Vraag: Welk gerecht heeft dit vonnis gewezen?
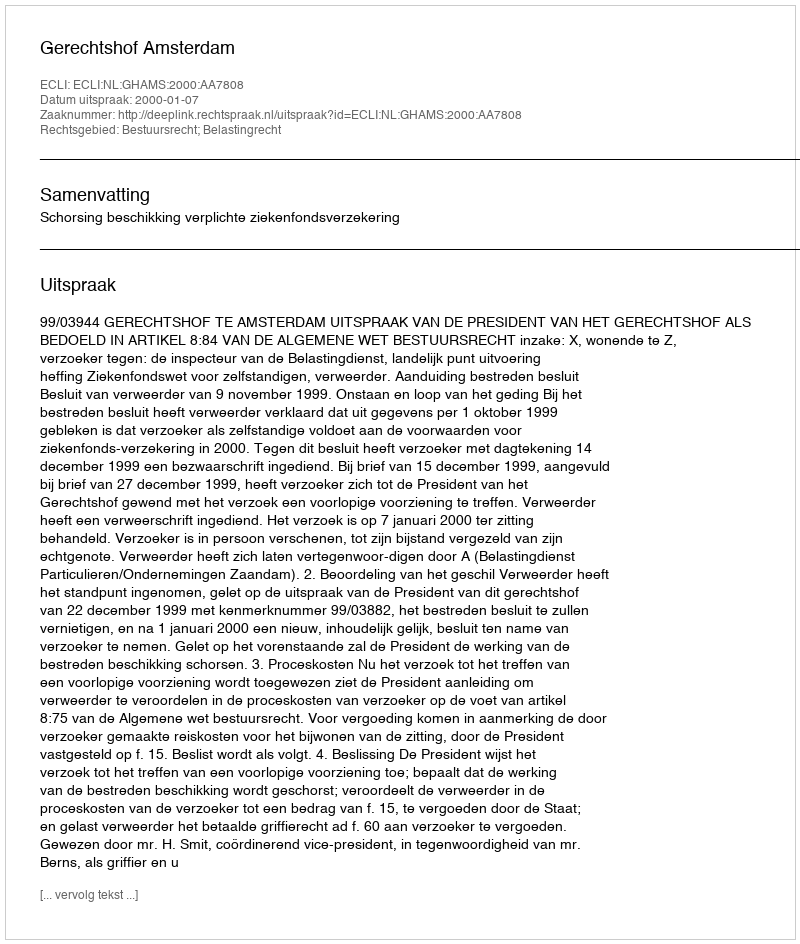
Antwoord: Gerechtshof Amsterdam